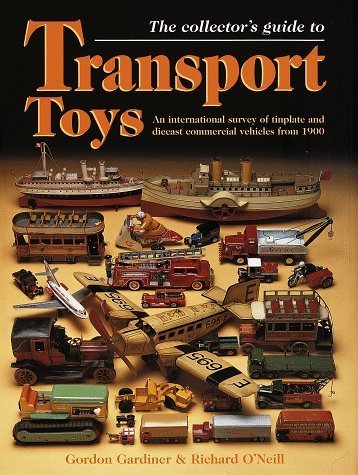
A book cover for The Collector's Guide to Transport Toys: An International Survey of Tinplate and Diecast Commercial Vehicles from 1900 to the Present Day by Gardiner, Gordon, O'Neill, Richard (1997) Hardcover; Gordon, O'Neill, Richard Gardiner; Crafts, Hobbies & Home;